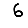
Digit: 6